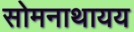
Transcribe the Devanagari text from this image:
सोमनाथायय